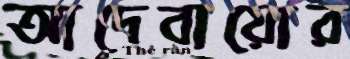
আদেবায়োর